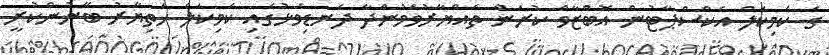
ގެ ކެމިކަލް އެކްސްޕާޓުން އޮބްޒާވް ކުރަން ތައްޔާރުވަމުންދާ ދަނޑިވަޅުގައި ކެމިކަލް ހަތިޔާރު ބޭނުންކުރީ